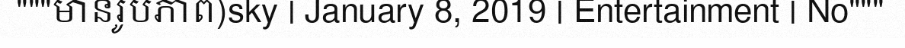
"""មានរូបភាព)sky | January 8, 2019 | Entertainment | No"""